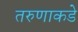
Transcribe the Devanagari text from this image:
तरुणाकडे